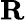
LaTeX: \mathbf{R}